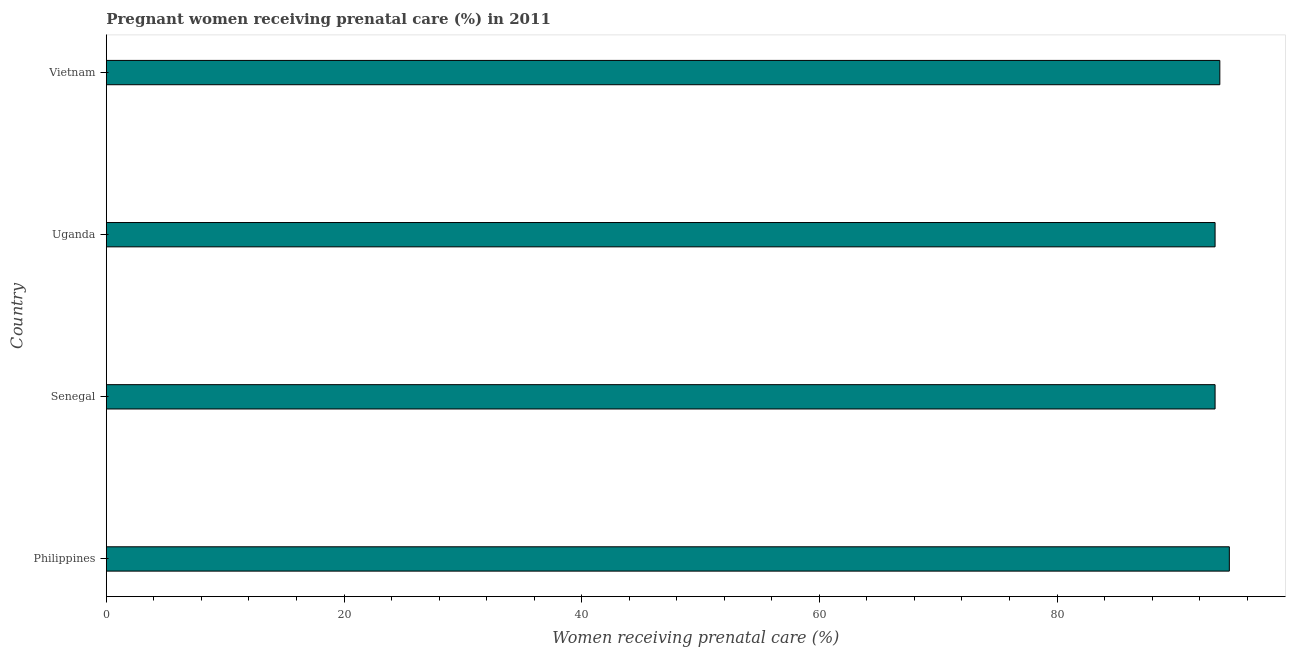
| Country | Pregnant women receiving prenatal care |
 | --- | --- |
 | Philippines | 94.5 |
 | Senegal | 93.3 |
 | Uganda | 93.3 |
 | Vietnam | 93.7 |